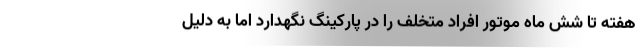
هفته تا شش ماه موتور افراد متخلف را در پارکینگ نگهدارد اما به دلیل